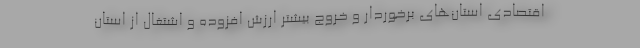
اقتصادی استان‌های برخوردار و خروج بیشتر ارزش افزوده و اشتغال از استان